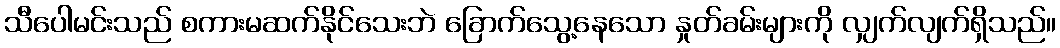
သီပေါမင်းသည် စကားမဆက်နိုင်သေးဘဲ ခြောက်သွေ့နေသော နှုတ်ခမ်းများကို လျှက်လျက်ရှိသည်။